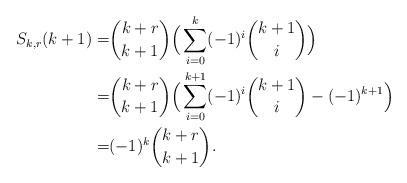
LaTeX: \begin{align*}S_{k, r}(k+1)=&\dbinom{k+r}{k+1}\Big(\sum\limits_{i=0}^k(-1)^i\dbinom{k+1}{i}\Big)\\=&\dbinom{k+r}{k+1}\Big(\sum\limits_{i=0}^{k+1}(-1)^i\dbinom{k+1}{i}-(-1)^{k+1}\Big)\\=&(-1)^k\dbinom{k+r}{k+1}.\end{align*}